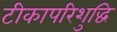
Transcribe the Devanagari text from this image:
टीकापरिशुद्धि